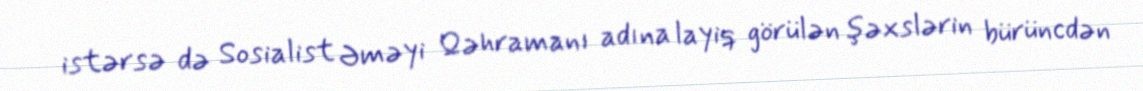
istərsə də Sosialist Əməyi Qəhramanı adına layiq görülən şəxslərin bürüncdən